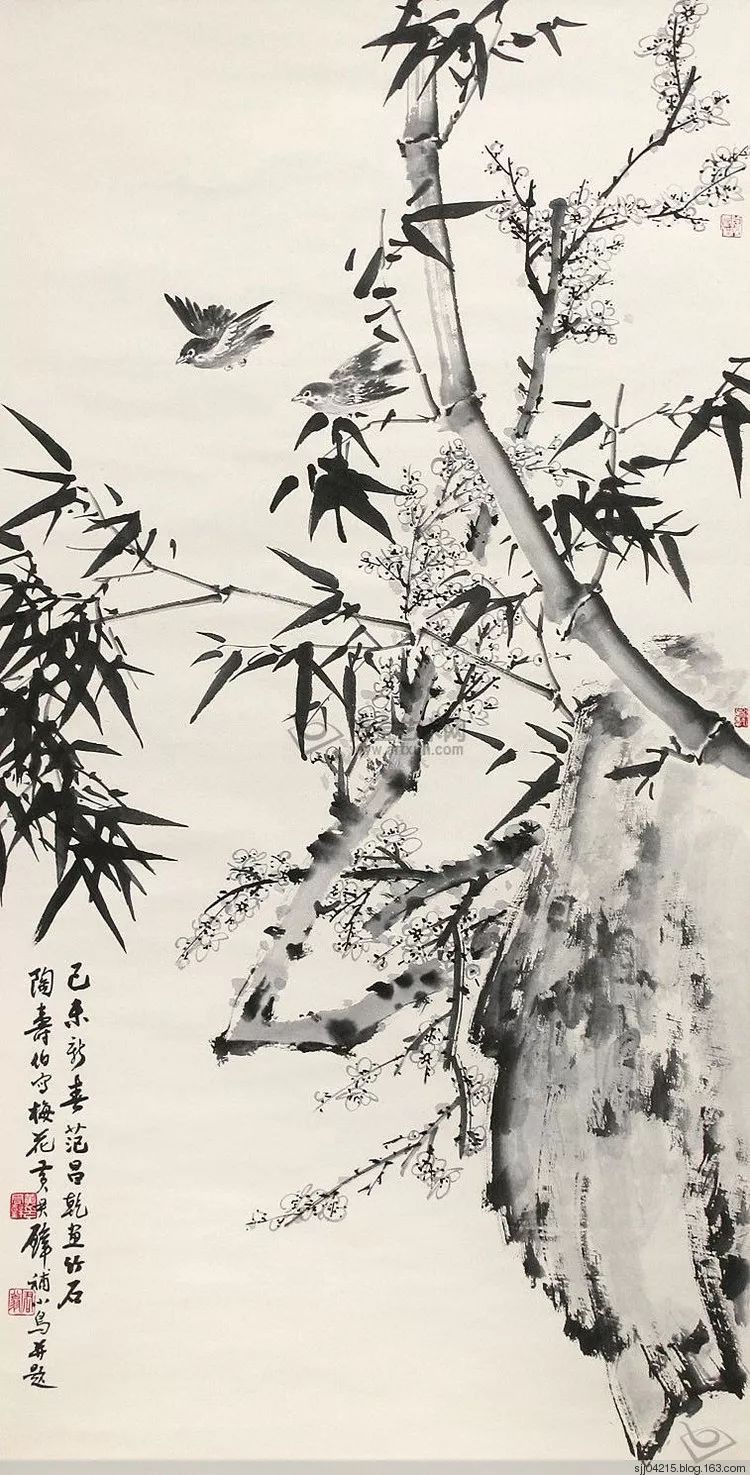
昨夜东风入武阳，陌头杨柳黄金色。